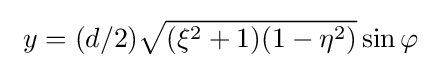
\ y=(d/2){\sqrt {(\xi ^{2}+1)(1-\eta ^{2})}}\sin \varphi